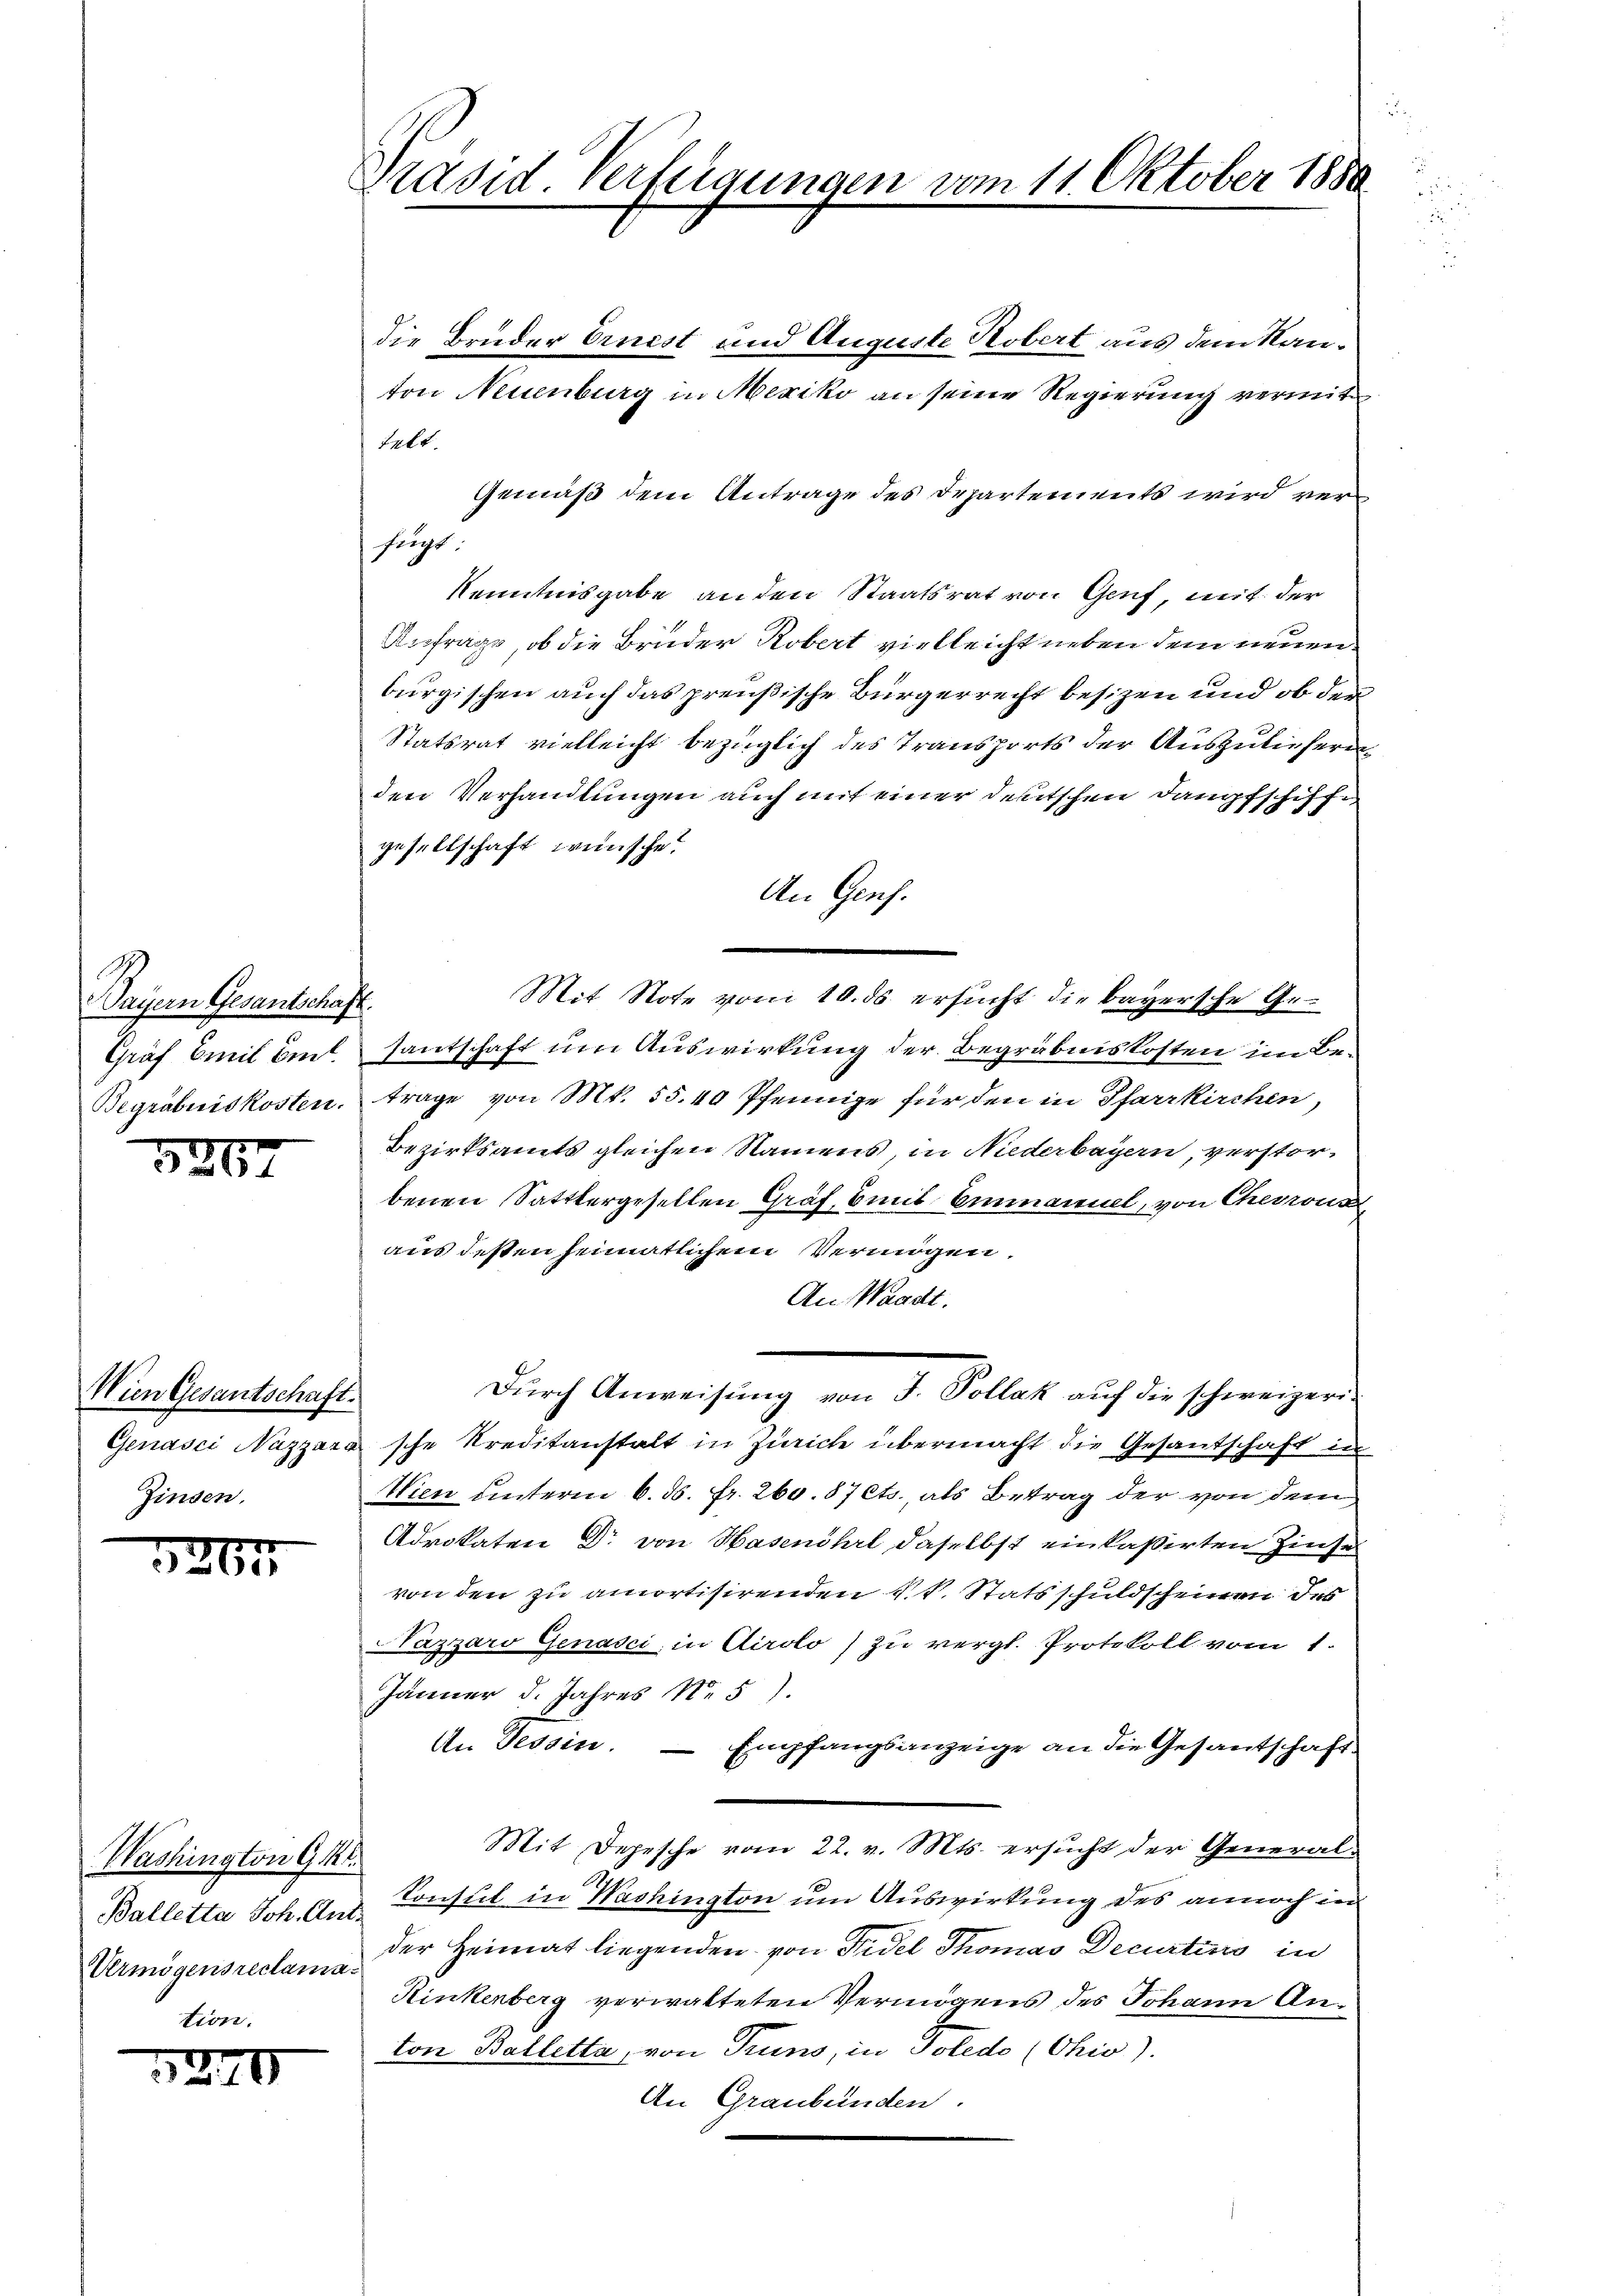
Wayern Gesantschaft.
Gräf Emil Ent

5267

Wien Gesantschaft.
Zinsen.

3367

Washington G.
Balletta Joh. Ant¬
Uermögensreclama

.

70

Präsid. Verfügungen

die Brüder Ernest und Auguste Kobert aus dem Nanton Neuenburg in Mexiko an seine Regierung vermittelt.
Gemäß dem Antrage des Departements wird verfugt
Kenntnisgabe an den Staatsrat von Genf, mit der
Anfrage, ob die Bruder Robert vielleicht neben dem neuen.
burgischen auch das preußische Bürgerrecht besizen und ob der
Statsrat vielleicht bezüglich des Transports der Auszulieferen
den Verhandlungen auch mit einer deutschen Dampfschiffgesellschaft wünsche!
An Genf.
Mit Note vom 10. ds ersucht die bayersche Gesantschaft um Auswirkung der Begräbniskosten im Be¬
Begräbniskosten, trage von Mt. 55.40 Pfennige für den in Pfarrkirchen,
Bezirksamts gleichen Namens, in Niederbayern, verstorbenen Sattlergesellen Graf, mit Emmannel, von Chevrons
aus dessen heimatlichem Vermögen,
An Waadt.
Durch Anweisung von J. Kollatt auf die schweizerin
Genasci Nizzara sche Kreditanstalt in Zürich übermacht die Gesantschaft in
Wien unterm 6. ds. fr. 260. 87 Cts. als Betrag der von dem
Advokaten Dr von Hasenihrt daselbst einlassirten Zinse
von den zu amortisirenden k.k. Stats schuldscheinen des
Nazzaro Genasci, in Airolo zu vergl. Protokoll vom 1.
Jänner d. Jahres Nr 5).
An Tessin.
Empfangsanzeige an die Gesantschaft
Mit Depesche vom 22. v. Mts. ersucht der General-
Konsul in Washington um Auswirkung des annoch in
der Heimat liegenden von Fidel Thomas Decurtinis in
Rinkenberg verwalteten Vermögens des Johann Anton Balletta, von Truno, in Poledo (Chis).
An Graubünden.

11. Oktober 1880